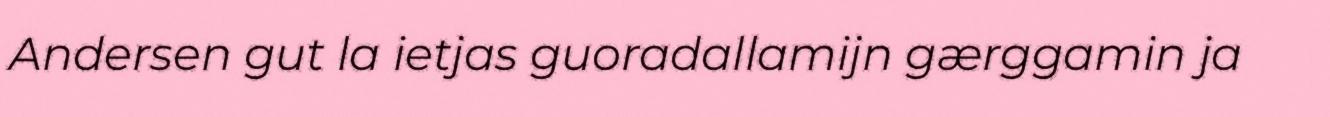
Andersen gut la ietjas guoradallamijn gærggamin ja